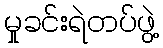
မှုခင်းရဲတပ်ဖွဲ့